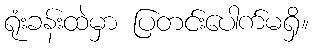
ရုံးခန်းထဲမှာ ပြတင်းပေါက်မရှိ။